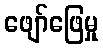
ဖျော်ဖြေမှု